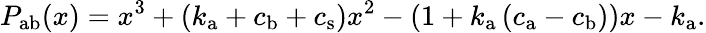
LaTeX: P_{\mathrm{ab}}(x)=x^{3}+\left(k_{\mathrm{a}}+c_{\mathrm{b}}+c_{\mathrm{s}}\right)x^{2}-\left(1+k_{\mathrm{a}}\left(c_{\mathrm{a}}-c_{\mathrm{b}}\right)\right)x-k_{\mathrm{a}}.